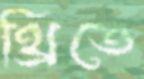
থ্রিতে